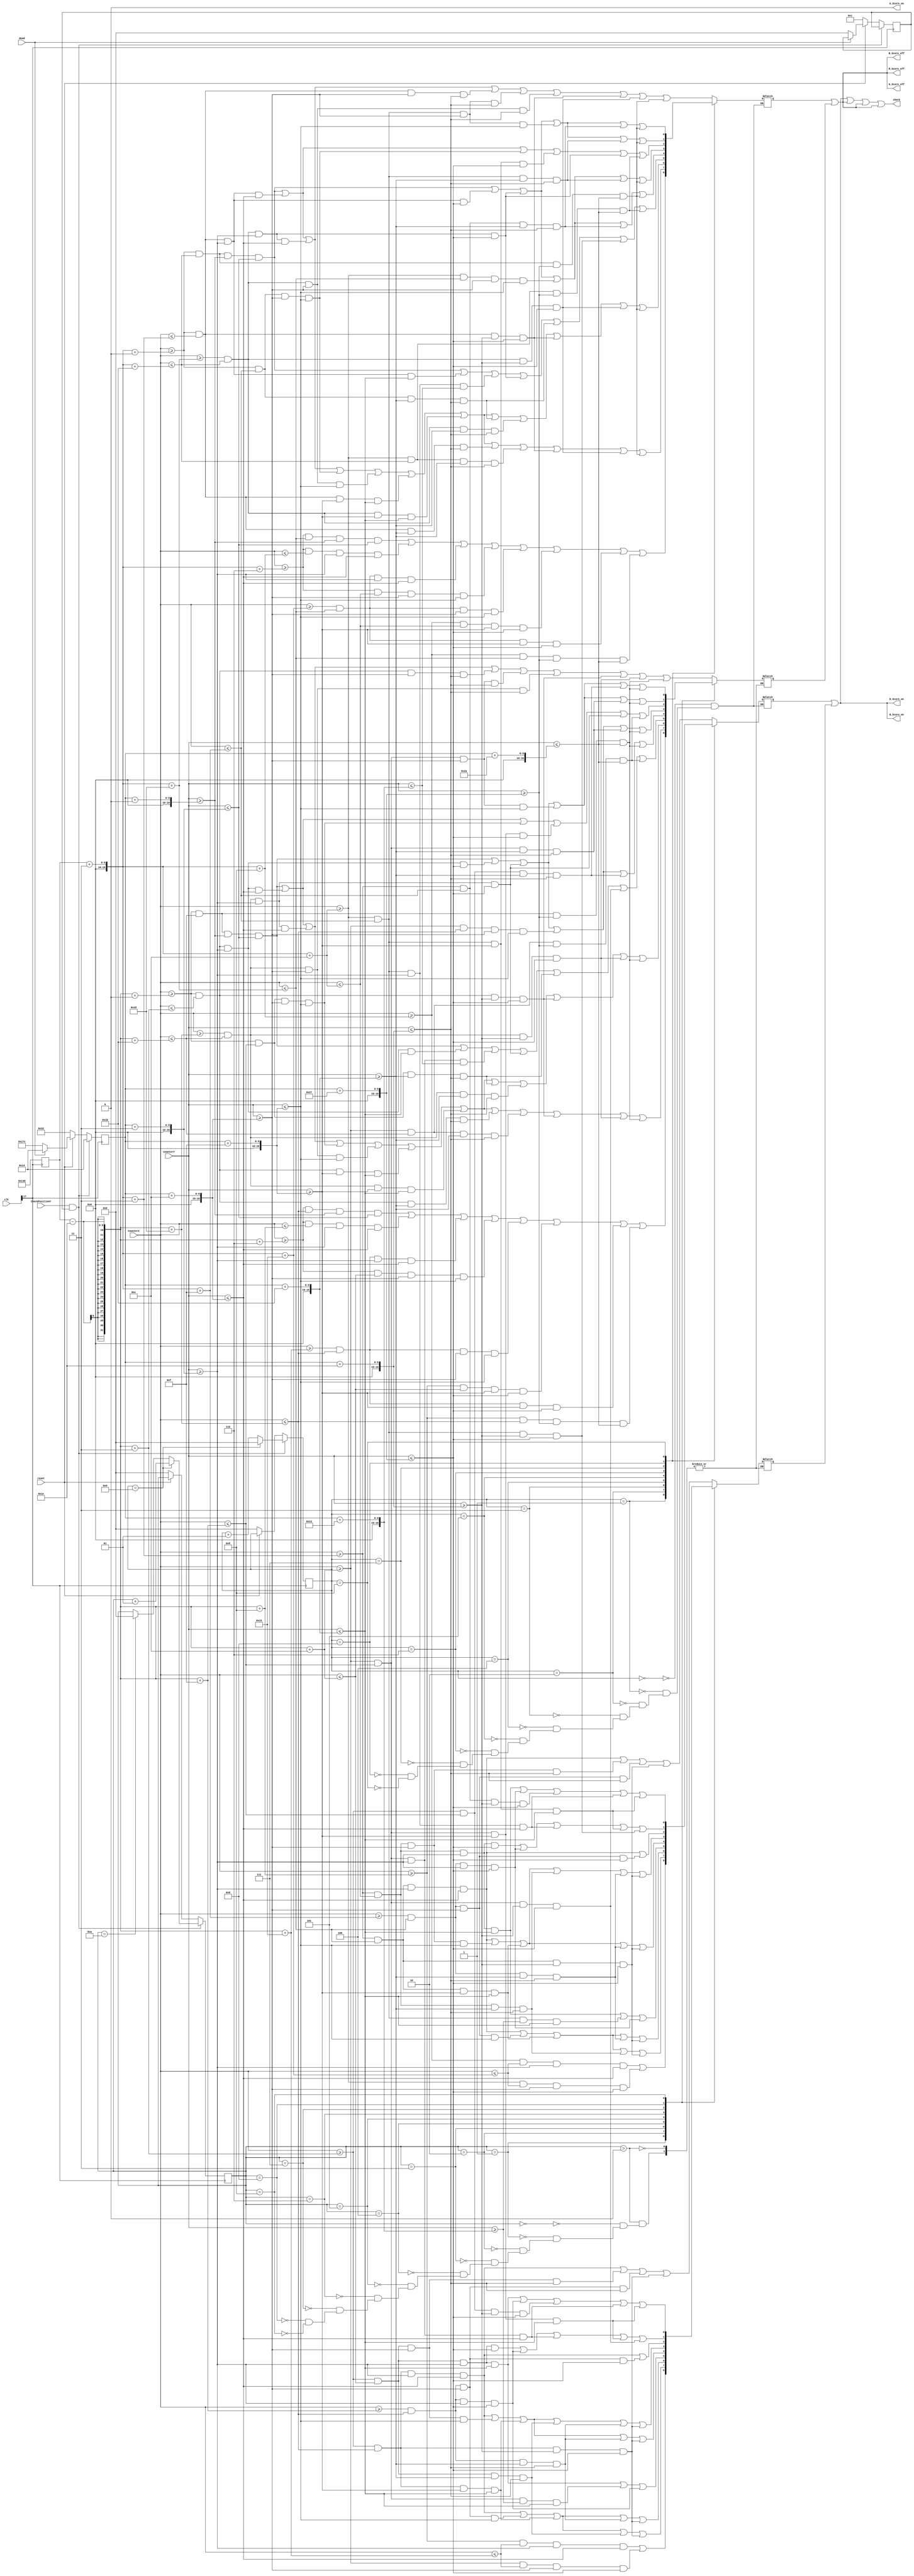
`timescale 1ns / 1ps
//////////////////////////////////////////////////////////////////////////////////
// Company: 
// Engineer: 
// 
// Design Name: 
// Module Name:    DrawScore 
// Project Name: 
// Target Devices: 
// Tool versions: 
// Description: 
//
// Dependencies: 
//
// Revision:
// Revision 0.01 - File Created
// Additional Comments: 
//

module DrawScore(clk,CheckPositionY,CounterX,CounterY,R_Score_on,G_Score_on,B_Score_on,R_Score_off,G_Score_off,B_Score_off,check,reset,dead);

reg [15:0] ScorePositionX = 320;
reg [15:0] ScorePositionY = 50;
input [9:0] CounterX;
input [8:0] CounterY;
input CheckPositionY,reset,dead;
input [24:0]clk;
output reg R_Score_on,G_Score_on,B_Score_on,R_Score_off,G_Score_off,B_Score_off,check;

integer Ten = 0;
integer Unit = 0;
integer p_y=1;
reg ZeroBlack,ZeroWhite,OneBlack,OneWhite,TwoBlack,TwoWhite,ThreeBlack,ThreeWhite,FourBlack,FourWhite,FiveBlack,FiveWhite,SixBlack,SixWhite,SevenBlack,SevenWhite,EightBlack,EightWhite,NineBlack,NineWhite;
reg ScoreWhiteUnit,ScoreBlackUnit,ScoreWhiteTen,ScoreBlackTen;

always @ (posedge clk[17] )
begin
ScorePositionX <= 320;
ScorePositionY <= 20;
if (CheckPositionY == 1 && p_y)
			begin
			if (Unit == 9)
				begin
					Ten <= Ten + 1;
					Unit <= 0;
				end
			else if (Ten == 10)
				begin  Ten <= 0; Unit <= Unit + 1; end
			else
				begin		Unit <= Unit + 1;end
			end
else if (!reset)
	begin
		ScorePositionX <= 320;
		ScorePositionY <= 50;
		Ten <= 0;
		Unit <= 0;
		p_y = 1;
	end
else if(!dead)
	begin
		ScorePositionY <= 380;
		p_y = 0 ;
end

end

always @ (CounterX or CounterY)
begin

case (Unit)
0 : begin

ScoreBlackUnit <= (CounterX>=ScorePositionX+3+0*3) && (CounterX<=ScorePositionX+3+9*3) && (CounterY>=ScorePositionY+0*3) && (CounterY<=ScorePositionY+1*3)

||          (CounterX>=ScorePositionX+3+0*3) && (CounterX<=ScorePositionX+3+1*3) && (CounterY>=ScorePositionY+1*3) && (CounterY<=ScorePositionY+4*3)
||          (CounterX>=ScorePositionX+3+8*3) && (CounterX<=ScorePositionX+3+9*3) && (CounterY>=ScorePositionY+1*3) && (CounterY<=ScorePositionY+4*3)

||          (CounterX>=ScorePositionX+3+0*3) && (CounterX<=ScorePositionX+3+1*3) && (CounterY>=ScorePositionY+4*3) && (CounterY<=ScorePositionY+10*3)
||          (CounterX>=ScorePositionX+3+4*3) && (CounterX<=ScorePositionX+3+5*3) && (CounterY>=ScorePositionY+4*3) && (CounterY<=ScorePositionY+10*3)
||          (CounterX>=ScorePositionX+3+8*3) && (CounterX<=ScorePositionX+3+9*3) && (CounterY>=ScorePositionY+4*3) && (CounterY<=ScorePositionY+10*3)

||          (CounterX>=ScorePositionX+3+0*3) && (CounterX<=ScorePositionX+3+1*3) && (CounterY>=ScorePositionY+10*3) && (CounterY<=ScorePositionY+13*3)
||          (CounterX>=ScorePositionX+3+8*3) && (CounterX<=ScorePositionX+3+9*3) && (CounterY>=ScorePositionY+10*3) && (CounterY<=ScorePositionY+13*3)

||	    (CounterX>=ScorePositionX+3+0*3) && (CounterX<=ScorePositionX+3+9*3) && (CounterY>=ScorePositionY+13*3) && (CounterY<=ScorePositionY+14*3);

ScoreWhiteUnit <=  (CounterX>=ScorePositionX+3+1*3) && (CounterX<=ScorePositionX+3+8*3) && (CounterY>=ScorePositionY+1*3) && (CounterY<=ScorePositionY+4*3)

||	    (CounterX>=ScorePositionX+3+1*3) && (CounterX<=ScorePositionX+3+4*3) && (CounterY>=ScorePositionY+4*3) && (CounterY<=ScorePositionY+10*3)
||	    (CounterX>=ScorePositionX+3+5*3) && (CounterX<=ScorePositionX+3+8*3) && (CounterY>=ScorePositionY+4*3) && (CounterY<=ScorePositionY+10*3)

||	    (CounterX>=ScorePositionX+3+1*3) && (CounterX<=ScorePositionX+3+8*3) && (CounterY>=ScorePositionY+10*3) && (CounterY<=ScorePositionY+13*3);

end
1 : begin

ScoreBlackUnit <= (CounterX>=ScorePositionX+3+2*3) && (CounterX<=ScorePositionX+3+8*3) && (CounterY>=ScorePositionY+0*3) && (CounterY<=ScorePositionY+1*3)

||          (CounterX>=ScorePositionX+3+2*3) && (CounterX<=ScorePositionX+3+3*3) && (CounterY>=ScorePositionY+1*3) && (CounterY<=ScorePositionY+4*3)
||          (CounterX>=ScorePositionX+3+7*3) && (CounterX<=ScorePositionX+3+8*3) && (CounterY>=ScorePositionY+1*3) && (CounterY<=ScorePositionY+4*3)

||          (CounterX>=ScorePositionX+3+2*3) && (CounterX<=ScorePositionX+3+4*3) && (CounterY>=ScorePositionY+4*3) && (CounterY<=ScorePositionY+5*3)
||          (CounterX>=ScorePositionX+3+7*3) && (CounterX<=ScorePositionX+3+8*3) && (CounterY>=ScorePositionY+4*3) && (CounterY<=ScorePositionY+5*3)

||          (CounterX>=ScorePositionX+3+3*3) && (CounterX<=ScorePositionX+3+4*3) && (CounterY>=ScorePositionY+5*3) && (CounterY<=ScorePositionY+13*3)
||          (CounterX>=ScorePositionX+3+7*3) && (CounterX<=ScorePositionX+3+8*3) && (CounterY>=ScorePositionY+5*3) && (CounterY<=ScorePositionY+13*3)

||	    (CounterX>=ScorePositionX+3+3*3) && (CounterX<=ScorePositionX+3+8*3) && (CounterY>=ScorePositionY+13*3) && (CounterY<=ScorePositionY+14*3);

ScoreWhiteUnit <=  (CounterX>=ScorePositionX+3+3*3) && (CounterX<=ScorePositionX+3+7*3) && (CounterY>=ScorePositionY+1*3) && (CounterY<=ScorePositionY+4*3)

||	    (CounterX>=ScorePositionX+3+4*3) && (CounterX<=ScorePositionX+3+7*3) && (CounterY>=ScorePositionY+4*3) && (CounterY<=ScorePositionY+13*3);

end
2 : begin
ScoreBlackUnit <= (CounterX>=ScorePositionX+3+0*3) && (CounterX<=ScorePositionX+3+9*3) && (CounterY>=ScorePositionY+0*3) && (CounterY<=ScorePositionY+1*3)

||          (CounterX>=ScorePositionX+3+0*3) && (CounterX<=ScorePositionX+3+1*3) && (CounterY>=ScorePositionY+1*3) && (CounterY<=ScorePositionY+4*3)
||          (CounterX>=ScorePositionX+3+8*3) && (CounterX<=ScorePositionX+3+9*3) && (CounterY>=ScorePositionY+1*3) && (CounterY<=ScorePositionY+4*3)

||          (CounterX>=ScorePositionX+3+0*3) && (CounterX<=ScorePositionX+3+5*3) && (CounterY>=ScorePositionY+4*3) && (CounterY<=ScorePositionY+5*3)
||          (CounterX>=ScorePositionX+3+8*3) && (CounterX<=ScorePositionX+3+9*3) && (CounterY>=ScorePositionY+4*3) && (CounterY<=ScorePositionY+5*3)

||          (CounterX>=ScorePositionX+3+0*3) && (CounterX<=ScorePositionX+3+1*3) && (CounterY>=ScorePositionY+5*3) && (CounterY<=ScorePositionY+9*3)
||          (CounterX>=ScorePositionX+3+8*3) && (CounterX<=ScorePositionX+3+9*3) && (CounterY>=ScorePositionY+5*3) && (CounterY<=ScorePositionY+9*3)

||          (CounterX>=ScorePositionX+3+0*3) && (CounterX<=ScorePositionX+3+1*3) && (CounterY>=ScorePositionY+9*3) && (CounterY<=ScorePositionY+10*3)
||          (CounterX>=ScorePositionX+3+4*3) && (CounterX<=ScorePositionX+3+9*3) && (CounterY>=ScorePositionY+9*3) && (CounterY<=ScorePositionY+10*3)

||          (CounterX>=ScorePositionX+3+0*3) && (CounterX<=ScorePositionX+3+1*3) && (CounterY>=ScorePositionY+10*3) && (CounterY<=ScorePositionY+13*3)
||          (CounterX>=ScorePositionX+3+8*3) && (CounterX<=ScorePositionX+3+9*3) && (CounterY>=ScorePositionY+10*3) && (CounterY<=ScorePositionY+13*3)

||	    (CounterX>=ScorePositionX+3+0*3) && (CounterX<=ScorePositionX+3+9*3) && (CounterY>=ScorePositionY+13*3) && (CounterY<=ScorePositionY+14*3);


ScoreWhiteUnit <= (CounterX>=ScorePositionX+3+1*3) && (CounterX<=ScorePositionX+3+8*3) && (CounterY>=ScorePositionY+1*3) && (CounterY<=ScorePositionY+4*3)

||          (CounterX>=ScorePositionX+3+5*3) && (CounterX<=ScorePositionX+3+8*3) && (CounterY>=ScorePositionY+4*3) && (CounterY<=ScorePositionY+5*3)

||          (CounterX>=ScorePositionX+3+1*3) && (CounterX<=ScorePositionX+3+8*3) && (CounterY>=ScorePositionY+5*3) && (CounterY<=ScorePositionY+9*3)

||          (CounterX>=ScorePositionX+3+1*3) && (CounterX<=ScorePositionX+3+4*3) && (CounterY>=ScorePositionY+9*3) && (CounterY<=ScorePositionY+10*3)

||          (CounterX>=ScorePositionX+3+1*3) && (CounterX<=ScorePositionX+3+8*3) && (CounterY>=ScorePositionY+10*3) && (CounterY<=ScorePositionY+13*3);
end
3 : begin
ScoreBlackUnit <= (CounterX>=ScorePositionX+3+0*3) && (CounterX<=ScorePositionX+3+9*3) && (CounterY>=ScorePositionY+0*3) && (CounterY<=ScorePositionY+1*3)

||          (CounterX>=ScorePositionX+3+0*3) && (CounterX<=ScorePositionX+3+1*3) && (CounterY>=ScorePositionY+1*3) && (CounterY<=ScorePositionY+4*3)
||          (CounterX>=ScorePositionX+3+8*3) && (CounterX<=ScorePositionX+3+9*3) && (CounterY>=ScorePositionY+1*3) && (CounterY<=ScorePositionY+4*3)

||          (CounterX>=ScorePositionX+3+0*3) && (CounterX<=ScorePositionX+3+5*3) && (CounterY>=ScorePositionY+4*3) && (CounterY<=ScorePositionY+5*3)
||          (CounterX>=ScorePositionX+3+8*3) && (CounterX<=ScorePositionX+3+9*3) && (CounterY>=ScorePositionY+4*3) && (CounterY<=ScorePositionY+5*3)

||          (CounterX>=ScorePositionX+3+0*3) && (CounterX<=ScorePositionX+3+1*3) && (CounterY>=ScorePositionY+5*3) && (CounterY<=ScorePositionY+9*3)
||          (CounterX>=ScorePositionX+3+8*3) && (CounterX<=ScorePositionX+3+9*3) && (CounterY>=ScorePositionY+5*3) && (CounterY<=ScorePositionY+9*3)

||          (CounterX>=ScorePositionX+3+0*3) && (CounterX<=ScorePositionX+3+5*3) && (CounterY>=ScorePositionY+9*3) && (CounterY<=ScorePositionY+10*3)
||          (CounterX>=ScorePositionX+3+8*3) && (CounterX<=ScorePositionX+3+9*3) && (CounterY>=ScorePositionY+9*3) && (CounterY<=ScorePositionY+10*3)

||          (CounterX>=ScorePositionX+3+0*3) && (CounterX<=ScorePositionX+3+1*3) && (CounterY>=ScorePositionY+10*3) && (CounterY<=ScorePositionY+13*3)
||          (CounterX>=ScorePositionX+3+8*3) && (CounterX<=ScorePositionX+3+9*3) && (CounterY>=ScorePositionY+10*3) && (CounterY<=ScorePositionY+13*3)

||	    (CounterX>=ScorePositionX+3+0*3) && (CounterX<=ScorePositionX+3+9*3) && (CounterY>=ScorePositionY+13*3) && (CounterY<=ScorePositionY+14*3);


ScoreWhiteUnit <= (CounterX>=ScorePositionX+3+1*3) && (CounterX<=ScorePositionX+3+8*3) && (CounterY>=ScorePositionY+1*3) && (CounterY<=ScorePositionY+4*3)

||          (CounterX>=ScorePositionX+3+5*3) && (CounterX<=ScorePositionX+3+8*3) && (CounterY>=ScorePositionY+4*3) && (CounterY<=ScorePositionY+5*3)

||          (CounterX>=ScorePositionX+3+1*3) && (CounterX<=ScorePositionX+3+8*3) && (CounterY>=ScorePositionY+5*3) && (CounterY<=ScorePositionY+9*3)

||          (CounterX>=ScorePositionX+3+5*3) && (CounterX<=ScorePositionX+3+8*3) && (CounterY>=ScorePositionY+9*3) && (CounterY<=ScorePositionY+10*3)

||          (CounterX>=ScorePositionX+3+1*3) && (CounterX<=ScorePositionX+3+8*3) && (CounterY>=ScorePositionY+10*3) && (CounterY<=ScorePositionY+13*3);

////////////////////////////////////
end
4 : begin
ScoreBlackUnit <= (CounterX>=ScorePositionX+3+0*3) && (CounterX<=ScorePositionX+3+9*3) && (CounterY>=ScorePositionY+0*3) && (CounterY<=ScorePositionY+1*3)

||          (CounterX>=ScorePositionX+3+0*3) && (CounterX<=ScorePositionX+3+1*3) && (CounterY>=ScorePositionY+1*3) && (CounterY<=ScorePositionY+9*3)
||          (CounterX>=ScorePositionX+3+4*3) && (CounterX<=ScorePositionX+3+5*3) && (CounterY>=ScorePositionY+1*3) && (CounterY<=ScorePositionY+6*3)
||          (CounterX>=ScorePositionX+3+8*3) && (CounterX<=ScorePositionX+3+9*3) && (CounterY>=ScorePositionY+1*3) && (CounterY<=ScorePositionY+13*3)

||          (CounterX>=ScorePositionX+3+0*3) && (CounterX<=ScorePositionX+3+5*3) && (CounterY>=ScorePositionY+9*3) && (CounterY<=ScorePositionY+10*3)

||          (CounterX>=ScorePositionX+3+4*3) && (CounterX<=ScorePositionX+3+5*3) && (CounterY>=ScorePositionY+10*3) && (CounterY<=ScorePositionY+13*3)

||	    (CounterX>=ScorePositionX+3+4*3) && (CounterX<=ScorePositionX+3+9*3) && (CounterY>=ScorePositionY+13*3) && (CounterY<=ScorePositionY+14*3);


ScoreWhiteUnit <= (CounterX>=ScorePositionX+3+1*3) && (CounterX<=ScorePositionX+3+4*3) && (CounterY>=ScorePositionY+1*3) && (CounterY<=ScorePositionY+9*3)

||          (CounterX>=ScorePositionX+3+4*3) && (CounterX<=ScorePositionX+3+5*3) && (CounterY>=ScorePositionY+6*3) && (CounterY<=ScorePositionY+9*3)

||          (CounterX>=ScorePositionX+3+5*3) && (CounterX<=ScorePositionX+3+8*3) && (CounterY>=ScorePositionY+1*3) && (CounterY<=ScorePositionY+13*3);

////////////////////////////////////////
end
5 : begin
ScoreBlackUnit <= (CounterX>=ScorePositionX+3+0*3) && (CounterX<=ScorePositionX+3+9*3) && (CounterY>=ScorePositionY+0*3) && (CounterY<=ScorePositionY+1*3)
||          (CounterX>=ScorePositionX+3+0*3) && (CounterX<=ScorePositionX+3+1*3) && (CounterY>=ScorePositionY+1*3) && (CounterY<=ScorePositionY+13*3)
||          (CounterX>=ScorePositionX+3+8*3) && (CounterX<=ScorePositionX+3+9*3) && (CounterY>=ScorePositionY+1*3) && (CounterY<=ScorePositionY+13*3)
||          (CounterX>=ScorePositionX+3+4*3) && (CounterX<=ScorePositionX+3+8*3) && (CounterY>=ScorePositionY+4*3) && (CounterY<=ScorePositionY+5*3)
||          (CounterX>=ScorePositionX+3+1*3) && (CounterX<=ScorePositionX+3+5*3) && (CounterY>=ScorePositionY+9*3) && (CounterY<=ScorePositionY+10*3)
||	    (CounterX>=ScorePositionX+3+0*3) && (CounterX<=ScorePositionX+3+9*3) && (CounterY>=ScorePositionY+13*3) && (CounterY<=ScorePositionY+14*3);
ScoreWhiteUnit <= (CounterX>=ScorePositionX+3+1*3) && (CounterX<=ScorePositionX+3+8*3) && (CounterY>=ScorePositionY+1*3) && (CounterY<=ScorePositionY+4*3)
||          (CounterX>=ScorePositionX+3+1*3) && (CounterX<=ScorePositionX+3+4*3) && (CounterY>=ScorePositionY+4*3) && (CounterY<=ScorePositionY+5*3)
||          (CounterX>=ScorePositionX+3+1*3) && (CounterX<=ScorePositionX+3+8*3) && (CounterY>=ScorePositionY+5*3) && (CounterY<=ScorePositionY+9*3)
||          (CounterX>=ScorePositionX+3+5*3) && (CounterX<=ScorePositionX+3+8*3) && (CounterY>=ScorePositionY+9*3) && (CounterY<=ScorePositionY+10*3)
||          (CounterX>=ScorePositionX+3+1*3) && (CounterX<=ScorePositionX+3+8*3) && (CounterY>=ScorePositionY+10*3) && (CounterY<=ScorePositionY+13*3);
end
6 : begin
ScoreBlackUnit <= (CounterX>=ScorePositionX+3+0*3) && (CounterX<=ScorePositionX+3+9*3) && (CounterY>=ScorePositionY+0*3) && (CounterY<=ScorePositionY+1*3)
||          (CounterX>=ScorePositionX+3+0*3) && (CounterX<=ScorePositionX+3+1*3) && (CounterY>=ScorePositionY+1*3) && (CounterY<=ScorePositionY+13*3)
||          (CounterX>=ScorePositionX+3+8*3) && (CounterX<=ScorePositionX+3+9*3) && (CounterY>=ScorePositionY+1*3) && (CounterY<=ScorePositionY+13*3)
||          (CounterX>=ScorePositionX+3+4*3) && (CounterX<=ScorePositionX+3+8*3) && (CounterY>=ScorePositionY+4*3) && (CounterY<=ScorePositionY+5*3)
||          (CounterX>=ScorePositionX+3+4*3) && (CounterX<=ScorePositionX+3+5*3) && (CounterY>=ScorePositionY+9*3) && (CounterY<=ScorePositionY+10*3)
||	    (CounterX>=ScorePositionX+3+0*3) && (CounterX<=ScorePositionX+3+9*3) && (CounterY>=ScorePositionY+13*3) && (CounterY<=ScorePositionY+14*3);
ScoreWhiteUnit <= (CounterX>=ScorePositionX+3+1*3) && (CounterX<=ScorePositionX+3+8*3) && (CounterY>=ScorePositionY+1*3) && (CounterY<=ScorePositionY+4*3)
||          (CounterX>=ScorePositionX+3+1*3) && (CounterX<=ScorePositionX+3+4*3) && (CounterY>=ScorePositionY+4*3) && (CounterY<=ScorePositionY+5*3)
||          (CounterX>=ScorePositionX+3+1*3) && (CounterX<=ScorePositionX+3+8*3) && (CounterY>=ScorePositionY+5*3) && (CounterY<=ScorePositionY+9*3)
||          (CounterX>=ScorePositionX+3+1*3) && (CounterX<=ScorePositionX+3+4*3) && (CounterY>=ScorePositionY+9*3) && (CounterY<=ScorePositionY+10*3)
||          (CounterX>=ScorePositionX+3+5*3) && (CounterX<=ScorePositionX+3+8*3) && (CounterY>=ScorePositionY+9*3) && (CounterY<=ScorePositionY+10*3)
||          (CounterX>=ScorePositionX+3+1*3) && (CounterX<=ScorePositionX+3+8*3) && (CounterY>=ScorePositionY+10*3) && (CounterY<=ScorePositionY+13*3);
end
7 : begin
ScoreBlackUnit <= (CounterX>=ScorePositionX+3+0*3) && (CounterX<=ScorePositionX+3+9*3) && (CounterY>=ScorePositionY+0*3) && (CounterY<=ScorePositionY+1*3)
||          (CounterX>=ScorePositionX+3+0*3) && (CounterX<=ScorePositionX+3+1*3) && (CounterY>=ScorePositionY+1*3) && (CounterY<=ScorePositionY+4*3)
||          (CounterX>=ScorePositionX+3+0*3) && (CounterX<=ScorePositionX+3+5*3) && (CounterY>=ScorePositionY+4*3) && (CounterY<=ScorePositionY+5*3)
||          (CounterX>=ScorePositionX+3+4*3) && (CounterX<=ScorePositionX+3+5*3) && (CounterY>=ScorePositionY+5*3) && (CounterY<=ScorePositionY+13*3)
||          (CounterX>=ScorePositionX+3+8*3) && (CounterX<=ScorePositionX+3+9*3) && (CounterY>=ScorePositionY+1*3) && (CounterY<=ScorePositionY+13*3)
||	    (CounterX>=ScorePositionX+3+4*3) && (CounterX<=ScorePositionX+3+9*3) && (CounterY>=ScorePositionY+13*3) && (CounterY<=ScorePositionY+14*3);
ScoreWhiteUnit <= (CounterX>=ScorePositionX+3+1*3) && (CounterX<=ScorePositionX+3+8*3) && (CounterY>=ScorePositionY+1*3) && (CounterY<=ScorePositionY+4*3)
||          (CounterX>=ScorePositionX+3+5*3) && (CounterX<=ScorePositionX+3+8*3) && (CounterY>=ScorePositionY+4*3) && (CounterY<=ScorePositionY+13*3);
end
8 : begin
ScoreBlackUnit <= (CounterX>=ScorePositionX+3+0*3) && (CounterX<=ScorePositionX+3+9*3) && (CounterY>=ScorePositionY+0*3) && (CounterY<=ScorePositionY+1*3)
||          (CounterX>=ScorePositionX+3+0*3) && (CounterX<=ScorePositionX+3+1*3) && (CounterY>=ScorePositionY+1*3) && (CounterY<=ScorePositionY+13*3)
||          (CounterX>=ScorePositionX+3+8*3) && (CounterX<=ScorePositionX+3+9*3) && (CounterY>=ScorePositionY+1*3) && (CounterY<=ScorePositionY+13*3)
||          (CounterX>=ScorePositionX+3+4*3) && (CounterX<=ScorePositionX+3+5*3) && (CounterY>=ScorePositionY+4*3) && (CounterY<=ScorePositionY+5*3)
||          (CounterX>=ScorePositionX+3+4*3) && (CounterX<=ScorePositionX+3+5*3) && (CounterY>=ScorePositionY+9*3) && (CounterY<=ScorePositionY+10*3)
||	    (CounterX>=ScorePositionX+3+0*3) && (CounterX<=ScorePositionX+3+9*3) && (CounterY>=ScorePositionY+13*3) && (CounterY<=ScorePositionY+14*3);
ScoreWhiteUnit <= (CounterX>=ScorePositionX+3+1*3) && (CounterX<=ScorePositionX+3+4*3) && (CounterY>=ScorePositionY+1*3) && (CounterY<=ScorePositionY+13*3)
||          (CounterX>=ScorePositionX+3+5*3) && (CounterX<=ScorePositionX+3+8*3) && (CounterY>=ScorePositionY+1*3) && (CounterY<=ScorePositionY+13*3)
||          (CounterX>=ScorePositionX+3+4*3) && (CounterX<=ScorePositionX+3+5*3) && (CounterY>=ScorePositionY+1*3) && (CounterY<=ScorePositionY+4*3)
||          (CounterX>=ScorePositionX+3+4*3) && (CounterX<=ScorePositionX+3+5*3) && (CounterY>=ScorePositionY+5*3) && (CounterY<=ScorePositionY+9*3)
||          (CounterX>=ScorePositionX+3+4*3) && (CounterX<=ScorePositionX+3+5*3) && (CounterY>=ScorePositionY+10*3) && (CounterY<=ScorePositionY+13*3);
end
9 : begin
ScoreBlackUnit <= (CounterX>=ScorePositionX+3+0*3) && (CounterX<=ScorePositionX+3+9*3) && (CounterY>=ScorePositionY+0*3) && (CounterY<=ScorePositionY+1*3)
||          (CounterX>=ScorePositionX+3+0*3) && (CounterX<=ScorePositionX+3+1*3) && (CounterY>=ScorePositionY+1*3) && (CounterY<=ScorePositionY+13*3)
||          (CounterX>=ScorePositionX+3+8*3) && (CounterX<=ScorePositionX+3+9*3) && (CounterY>=ScorePositionY+1*3) && (CounterY<=ScorePositionY+13*3)
||          (CounterX>=ScorePositionX+3+4*3) && (CounterX<=ScorePositionX+3+5*3) && (CounterY>=ScorePositionY+4*3) && (CounterY<=ScorePositionY+5*3)
||          (CounterX>=ScorePositionX+3+1*3) && (CounterX<=ScorePositionX+3+5*3) && (CounterY>=ScorePositionY+9*3) && (CounterY<=ScorePositionY+10*3)
||	    (CounterX>=ScorePositionX+3+0*3) && (CounterX<=ScorePositionX+3+9*3) && (CounterY>=ScorePositionY+13*3) && (CounterY<=ScorePositionY+14*3);
ScoreWhiteUnit <= (CounterX>=ScorePositionX+3+1*3) && (CounterX<=ScorePositionX+3+4*3) && (CounterY>=ScorePositionY+1*3) && (CounterY<=ScorePositionY+9*3)
||          (CounterX>=ScorePositionX+3+5*3) && (CounterX<=ScorePositionX+3+8*3) && (CounterY>=ScorePositionY+1*3) && (CounterY<=ScorePositionY+13*3)
||          (CounterX>=ScorePositionX+3+1*3) && (CounterX<=ScorePositionX+3+5*3) && (CounterY>=ScorePositionY+10*3) && (CounterY<=ScorePositionY+13*3)
||          (CounterX>=ScorePositionX+3+4*3) && (CounterX<=ScorePositionX+3+5*3) && (CounterY>=ScorePositionY+1*3) && (CounterY<=ScorePositionY+4*3)
||          (CounterX>=ScorePositionX+3+4*3) && (CounterX<=ScorePositionX+3+5*3) && (CounterY>=ScorePositionY+5*3) && (CounterY<=ScorePositionY+9*3);

end
endcase

/////////////////////////////////////////////////////////////////////////////////////////////////////////////////////////////////////////////////////////////////////////////////////
if (Ten > 0)
case (Ten)
0 : begin

ScoreBlackTen <= (CounterX>=ScorePositionX-30+0*3) && (CounterX<=ScorePositionX-30+9*3) && (CounterY>=ScorePositionY+0*3) && (CounterY<=ScorePositionY+1*3)

||          (CounterX>=ScorePositionX-30+0*3) && (CounterX<=ScorePositionX-30+1*3) && (CounterY>=ScorePositionY+1*3) && (CounterY<=ScorePositionY+4*3)
||          (CounterX>=ScorePositionX-30+8*3) && (CounterX<=ScorePositionX-30+9*3) && (CounterY>=ScorePositionY+1*3) && (CounterY<=ScorePositionY+4*3)

||          (CounterX>=ScorePositionX-30+0*3) && (CounterX<=ScorePositionX-30+1*3) && (CounterY>=ScorePositionY+4*3) && (CounterY<=ScorePositionY+10*3)
||          (CounterX>=ScorePositionX-30+4*3) && (CounterX<=ScorePositionX-30+5*3) && (CounterY>=ScorePositionY+4*3) && (CounterY<=ScorePositionY+10*3)
||          (CounterX>=ScorePositionX-30+8*3) && (CounterX<=ScorePositionX-30+9*3) && (CounterY>=ScorePositionY+4*3) && (CounterY<=ScorePositionY+10*3)

||          (CounterX>=ScorePositionX-30+0*3) && (CounterX<=ScorePositionX-30+1*3) && (CounterY>=ScorePositionY+10*3) && (CounterY<=ScorePositionY+13*3)
||          (CounterX>=ScorePositionX-30+8*3) && (CounterX<=ScorePositionX-30+9*3) && (CounterY>=ScorePositionY+10*3) && (CounterY<=ScorePositionY+13*3)

||	    (CounterX>=ScorePositionX-30+0*3) && (CounterX<=ScorePositionX-30+9*3) && (CounterY>=ScorePositionY+13*3) && (CounterY<=ScorePositionY+14*3);

ScoreWhiteTen <=  (CounterX>=ScorePositionX-30+1*3) && (CounterX<=ScorePositionX-30+8*3) && (CounterY>=ScorePositionY+1*3) && (CounterY<=ScorePositionY+4*3)

||	    (CounterX>=ScorePositionX-30+1*3) && (CounterX<=ScorePositionX-30+4*3) && (CounterY>=ScorePositionY+4*3) && (CounterY<=ScorePositionY+10*3)
||	    (CounterX>=ScorePositionX-30+5*3) && (CounterX<=ScorePositionX-30+8*3) && (CounterY>=ScorePositionY+4*3) && (CounterY<=ScorePositionY+10*3)

||	    (CounterX>=ScorePositionX-30+1*3) && (CounterX<=ScorePositionX-30+8*3) && (CounterY>=ScorePositionY+10*3) && (CounterY<=ScorePositionY+13*3);

end
1 : begin

ScoreBlackTen <= (CounterX>=ScorePositionX-30+2*3) && (CounterX<=ScorePositionX-30+8*3) && (CounterY>=ScorePositionY+0*3) && (CounterY<=ScorePositionY+1*3)

||          (CounterX>=ScorePositionX-30+2*3) && (CounterX<=ScorePositionX-30+3*3) && (CounterY>=ScorePositionY+1*3) && (CounterY<=ScorePositionY+4*3)
||          (CounterX>=ScorePositionX-30+7*3) && (CounterX<=ScorePositionX-30+8*3) && (CounterY>=ScorePositionY+1*3) && (CounterY<=ScorePositionY+4*3)

||          (CounterX>=ScorePositionX-30+2*3) && (CounterX<=ScorePositionX-30+4*3) && (CounterY>=ScorePositionY+4*3) && (CounterY<=ScorePositionY+5*3)
||          (CounterX>=ScorePositionX-30+7*3) && (CounterX<=ScorePositionX-30+8*3) && (CounterY>=ScorePositionY+4*3) && (CounterY<=ScorePositionY+5*3)

||          (CounterX>=ScorePositionX-30+3*3) && (CounterX<=ScorePositionX-30+4*3) && (CounterY>=ScorePositionY+5*3) && (CounterY<=ScorePositionY+13*3)
||          (CounterX>=ScorePositionX-30+7*3) && (CounterX<=ScorePositionX-30+8*3) && (CounterY>=ScorePositionY+5*3) && (CounterY<=ScorePositionY+13*3)

||	    (CounterX>=ScorePositionX-30+3*3) && (CounterX<=ScorePositionX-30+8*3) && (CounterY>=ScorePositionY+13*3) && (CounterY<=ScorePositionY+14*3);

ScoreWhiteTen <=  (CounterX>=ScorePositionX-30+3*3) && (CounterX<=ScorePositionX-30+7*3) && (CounterY>=ScorePositionY+1*3) && (CounterY<=ScorePositionY+4*3)

||	    (CounterX>=ScorePositionX-30+4*3) && (CounterX<=ScorePositionX-30+7*3) && (CounterY>=ScorePositionY+4*3) && (CounterY<=ScorePositionY+13*3);

end
2 : begin
ScoreBlackTen <= (CounterX>=ScorePositionX-30+0*3) && (CounterX<=ScorePositionX-30+9*3) && (CounterY>=ScorePositionY+0*3) && (CounterY<=ScorePositionY+1*3)

||          (CounterX>=ScorePositionX-30+0*3) && (CounterX<=ScorePositionX-30+1*3) && (CounterY>=ScorePositionY+1*3) && (CounterY<=ScorePositionY+4*3)
||          (CounterX>=ScorePositionX-30+8*3) && (CounterX<=ScorePositionX-30+9*3) && (CounterY>=ScorePositionY+1*3) && (CounterY<=ScorePositionY+4*3)

||          (CounterX>=ScorePositionX-30+0*3) && (CounterX<=ScorePositionX-30+5*3) && (CounterY>=ScorePositionY+4*3) && (CounterY<=ScorePositionY+5*3)
||          (CounterX>=ScorePositionX-30+8*3) && (CounterX<=ScorePositionX-30+9*3) && (CounterY>=ScorePositionY+4*3) && (CounterY<=ScorePositionY+5*3)

||          (CounterX>=ScorePositionX-30+0*3) && (CounterX<=ScorePositionX-30+1*3) && (CounterY>=ScorePositionY+5*3) && (CounterY<=ScorePositionY+9*3)
||          (CounterX>=ScorePositionX-30+8*3) && (CounterX<=ScorePositionX-30+9*3) && (CounterY>=ScorePositionY+5*3) && (CounterY<=ScorePositionY+9*3)

||          (CounterX>=ScorePositionX-30+0*3) && (CounterX<=ScorePositionX-30+1*3) && (CounterY>=ScorePositionY+9*3) && (CounterY<=ScorePositionY+10*3)
||          (CounterX>=ScorePositionX-30+4*3) && (CounterX<=ScorePositionX-30+9*3) && (CounterY>=ScorePositionY+9*3) && (CounterY<=ScorePositionY+10*3)

||          (CounterX>=ScorePositionX-30+0*3) && (CounterX<=ScorePositionX-30+1*3) && (CounterY>=ScorePositionY+10*3) && (CounterY<=ScorePositionY+13*3)
||          (CounterX>=ScorePositionX-30+8*3) && (CounterX<=ScorePositionX-30+9*3) && (CounterY>=ScorePositionY+10*3) && (CounterY<=ScorePositionY+13*3)

||	    (CounterX>=ScorePositionX-30+0*3) && (CounterX<=ScorePositionX-30+9*3) && (CounterY>=ScorePositionY+13*3) && (CounterY<=ScorePositionY+14*3);


ScoreWhiteTen <= (CounterX>=ScorePositionX-30+1*3) && (CounterX<=ScorePositionX-30+8*3) && (CounterY>=ScorePositionY+1*3) && (CounterY<=ScorePositionY+4*3)

||          (CounterX>=ScorePositionX-30+5*3) && (CounterX<=ScorePositionX-30+8*3) && (CounterY>=ScorePositionY+4*3) && (CounterY<=ScorePositionY+5*3)

||          (CounterX>=ScorePositionX-30+1*3) && (CounterX<=ScorePositionX-30+8*3) && (CounterY>=ScorePositionY+5*3) && (CounterY<=ScorePositionY+9*3)

||          (CounterX>=ScorePositionX-30+1*3) && (CounterX<=ScorePositionX-30+4*3) && (CounterY>=ScorePositionY+9*3) && (CounterY<=ScorePositionY+10*3)

||          (CounterX>=ScorePositionX-30+1*3) && (CounterX<=ScorePositionX-30+8*3) && (CounterY>=ScorePositionY+10*3) && (CounterY<=ScorePositionY+13*3);
end
3 : begin
ScoreBlackTen <= (CounterX>=ScorePositionX-30+0*3) && (CounterX<=ScorePositionX-30+9*3) && (CounterY>=ScorePositionY+0*3) && (CounterY<=ScorePositionY+1*3)

||          (CounterX>=ScorePositionX-30+0*3) && (CounterX<=ScorePositionX-30+1*3) && (CounterY>=ScorePositionY+1*3) && (CounterY<=ScorePositionY+4*3)
||          (CounterX>=ScorePositionX-30+8*3) && (CounterX<=ScorePositionX-30+9*3) && (CounterY>=ScorePositionY+1*3) && (CounterY<=ScorePositionY+4*3)

||          (CounterX>=ScorePositionX-30+0*3) && (CounterX<=ScorePositionX-30+5*3) && (CounterY>=ScorePositionY+4*3) && (CounterY<=ScorePositionY+5*3)
||          (CounterX>=ScorePositionX-30+8*3) && (CounterX<=ScorePositionX-30+9*3) && (CounterY>=ScorePositionY+4*3) && (CounterY<=ScorePositionY+5*3)

||          (CounterX>=ScorePositionX-30+0*3) && (CounterX<=ScorePositionX-30+1*3) && (CounterY>=ScorePositionY+5*3) && (CounterY<=ScorePositionY+9*3)
||          (CounterX>=ScorePositionX-30+8*3) && (CounterX<=ScorePositionX-30+9*3) && (CounterY>=ScorePositionY+5*3) && (CounterY<=ScorePositionY+9*3)

||          (CounterX>=ScorePositionX-30+0*3) && (CounterX<=ScorePositionX-30+5*3) && (CounterY>=ScorePositionY+9*3) && (CounterY<=ScorePositionY+10*3)
||          (CounterX>=ScorePositionX-30+8*3) && (CounterX<=ScorePositionX-30+9*3) && (CounterY>=ScorePositionY+9*3) && (CounterY<=ScorePositionY+10*3)

||          (CounterX>=ScorePositionX-30+0*3) && (CounterX<=ScorePositionX-30+1*3) && (CounterY>=ScorePositionY+10*3) && (CounterY<=ScorePositionY+13*3)
||          (CounterX>=ScorePositionX-30+8*3) && (CounterX<=ScorePositionX-30+9*3) && (CounterY>=ScorePositionY+10*3) && (CounterY<=ScorePositionY+13*3)

||	    (CounterX>=ScorePositionX-30+0*3) && (CounterX<=ScorePositionX-30+9*3) && (CounterY>=ScorePositionY+13*3) && (CounterY<=ScorePositionY+14*3);


ScoreWhiteTen <= (CounterX>=ScorePositionX-30+1*3) && (CounterX<=ScorePositionX-30+8*3) && (CounterY>=ScorePositionY+1*3) && (CounterY<=ScorePositionY+4*3)

||          (CounterX>=ScorePositionX-30+5*3) && (CounterX<=ScorePositionX-30+8*3) && (CounterY>=ScorePositionY+4*3) && (CounterY<=ScorePositionY+5*3)

||          (CounterX>=ScorePositionX-30+1*3) && (CounterX<=ScorePositionX-30+8*3) && (CounterY>=ScorePositionY+5*3) && (CounterY<=ScorePositionY+9*3)

||          (CounterX>=ScorePositionX-30+5*3) && (CounterX<=ScorePositionX-30+8*3) && (CounterY>=ScorePositionY+9*3) && (CounterY<=ScorePositionY+10*3)

||          (CounterX>=ScorePositionX-30+1*3) && (CounterX<=ScorePositionX-30+8*3) && (CounterY>=ScorePositionY+10*3) && (CounterY<=ScorePositionY+13*3);

////////////////////////////////////
end
4 : begin
ScoreBlackTen <= (CounterX>=ScorePositionX-30+0*3) && (CounterX<=ScorePositionX-30+9*3) && (CounterY>=ScorePositionY+0*3) && (CounterY<=ScorePositionY+1*3)

||          (CounterX>=ScorePositionX-30+0*3) && (CounterX<=ScorePositionX-30+1*3) && (CounterY>=ScorePositionY+1*3) && (CounterY<=ScorePositionY+9*3)
||          (CounterX>=ScorePositionX-30+4*3) && (CounterX<=ScorePositionX-30+5*3) && (CounterY>=ScorePositionY+1*3) && (CounterY<=ScorePositionY+6*3)
||          (CounterX>=ScorePositionX-30+8*3) && (CounterX<=ScorePositionX-30+9*3) && (CounterY>=ScorePositionY+1*3) && (CounterY<=ScorePositionY+13*3)

||          (CounterX>=ScorePositionX-30+0*3) && (CounterX<=ScorePositionX-30+5*3) && (CounterY>=ScorePositionY+9*3) && (CounterY<=ScorePositionY+10*3)

||          (CounterX>=ScorePositionX-30+4*3) && (CounterX<=ScorePositionX-30+5*3) && (CounterY>=ScorePositionY+10*3) && (CounterY<=ScorePositionY+13*3)

||	    (CounterX>=ScorePositionX-30+4*3) && (CounterX<=ScorePositionX-30+9*3) && (CounterY>=ScorePositionY+13*3) && (CounterY<=ScorePositionY+14*3);


ScoreWhiteTen <= (CounterX>=ScorePositionX-30+1*3) && (CounterX<=ScorePositionX-30+4*3) && (CounterY>=ScorePositionY+1*3) && (CounterY<=ScorePositionY+9*3)

||          (CounterX>=ScorePositionX-30+4*3) && (CounterX<=ScorePositionX-30+5*3) && (CounterY>=ScorePositionY+6*3) && (CounterY<=ScorePositionY+9*3)

||          (CounterX>=ScorePositionX-30+5*3) && (CounterX<=ScorePositionX-30+8*3) && (CounterY>=ScorePositionY+1*3) && (CounterY<=ScorePositionY+13*3);

////////////////////////////////////////
end
5 : begin
ScoreBlackTen <= (CounterX>=ScorePositionX-30+0*3) && (CounterX<=ScorePositionX-30+9*3) && (CounterY>=ScorePositionY+0*3) && (CounterY<=ScorePositionY+1*3)
||          (CounterX>=ScorePositionX-30+0*3) && (CounterX<=ScorePositionX-30+1*3) && (CounterY>=ScorePositionY+1*3) && (CounterY<=ScorePositionY+13*3)
||          (CounterX>=ScorePositionX-30+8*3) && (CounterX<=ScorePositionX-30+9*3) && (CounterY>=ScorePositionY+1*3) && (CounterY<=ScorePositionY+13*3)
||          (CounterX>=ScorePositionX-30+4*3) && (CounterX<=ScorePositionX-30+8*3) && (CounterY>=ScorePositionY+4*3) && (CounterY<=ScorePositionY+5*3)
||          (CounterX>=ScorePositionX-30+1*3) && (CounterX<=ScorePositionX-30+5*3) && (CounterY>=ScorePositionY+9*3) && (CounterY<=ScorePositionY+10*3)
||	    (CounterX>=ScorePositionX-30+0*3) && (CounterX<=ScorePositionX-30+9*3) && (CounterY>=ScorePositionY+13*3) && (CounterY<=ScorePositionY+14*3);
ScoreWhiteTen <= (CounterX>=ScorePositionX-30+1*3) && (CounterX<=ScorePositionX-30+8*3) && (CounterY>=ScorePositionY+1*3) && (CounterY<=ScorePositionY+4*3)
||          (CounterX>=ScorePositionX-30+1*3) && (CounterX<=ScorePositionX-30+4*3) && (CounterY>=ScorePositionY+4*3) && (CounterY<=ScorePositionY+5*3)
||          (CounterX>=ScorePositionX-30+1*3) && (CounterX<=ScorePositionX-30+8*3) && (CounterY>=ScorePositionY+5*3) && (CounterY<=ScorePositionY+9*3)
||          (CounterX>=ScorePositionX-30+5*3) && (CounterX<=ScorePositionX-30+8*3) && (CounterY>=ScorePositionY+9*3) && (CounterY<=ScorePositionY+10*3)
||          (CounterX>=ScorePositionX-30+1*3) && (CounterX<=ScorePositionX-30+8*3) && (CounterY>=ScorePositionY+10*3) && (CounterY<=ScorePositionY+13*3);
end
6 : begin
ScoreBlackTen <= (CounterX>=ScorePositionX-30+0*3) && (CounterX<=ScorePositionX-30+9*3) && (CounterY>=ScorePositionY+0*3) && (CounterY<=ScorePositionY+1*3)
||          (CounterX>=ScorePositionX-30+0*3) && (CounterX<=ScorePositionX-30+1*3) && (CounterY>=ScorePositionY+1*3) && (CounterY<=ScorePositionY+13*3)
||          (CounterX>=ScorePositionX-30+8*3) && (CounterX<=ScorePositionX-30+9*3) && (CounterY>=ScorePositionY+1*3) && (CounterY<=ScorePositionY+13*3)
||          (CounterX>=ScorePositionX-30+4*3) && (CounterX<=ScorePositionX-30+8*3) && (CounterY>=ScorePositionY+4*3) && (CounterY<=ScorePositionY+5*3)
||          (CounterX>=ScorePositionX-30+4*3) && (CounterX<=ScorePositionX-30+5*3) && (CounterY>=ScorePositionY+9*3) && (CounterY<=ScorePositionY+10*3)
||	    (CounterX>=ScorePositionX-30+0*3) && (CounterX<=ScorePositionX-30+9*3) && (CounterY>=ScorePositionY+13*3) && (CounterY<=ScorePositionY+14*3);
ScoreWhiteTen <= (CounterX>=ScorePositionX-30+1*3) && (CounterX<=ScorePositionX-30+8*3) && (CounterY>=ScorePositionY+1*3) && (CounterY<=ScorePositionY+4*3)
||          (CounterX>=ScorePositionX-30+1*3) && (CounterX<=ScorePositionX-30+4*3) && (CounterY>=ScorePositionY+4*3) && (CounterY<=ScorePositionY+5*3)
||          (CounterX>=ScorePositionX-30+1*3) && (CounterX<=ScorePositionX-30+8*3) && (CounterY>=ScorePositionY+5*3) && (CounterY<=ScorePositionY+9*3)
||          (CounterX>=ScorePositionX-30+1*3) && (CounterX<=ScorePositionX-30+4*3) && (CounterY>=ScorePositionY+9*3) && (CounterY<=ScorePositionY+10*3)
||          (CounterX>=ScorePositionX-30+5*3) && (CounterX<=ScorePositionX-30+8*3) && (CounterY>=ScorePositionY+9*3) && (CounterY<=ScorePositionY+10*3)
||          (CounterX>=ScorePositionX-30+1*3) && (CounterX<=ScorePositionX-30+8*3) && (CounterY>=ScorePositionY+10*3) && (CounterY<=ScorePositionY+13*3);
end
7 : begin
ScoreBlackTen <= (CounterX>=ScorePositionX-30+0*3) && (CounterX<=ScorePositionX-30+9*3) && (CounterY>=ScorePositionY+0*3) && (CounterY<=ScorePositionY+1*3)
||          (CounterX>=ScorePositionX-30+0*3) && (CounterX<=ScorePositionX-30+1*3) && (CounterY>=ScorePositionY+1*3) && (CounterY<=ScorePositionY+4*3)
||          (CounterX>=ScorePositionX-30+0*3) && (CounterX<=ScorePositionX-30+5*3) && (CounterY>=ScorePositionY+4*3) && (CounterY<=ScorePositionY+5*3)
||          (CounterX>=ScorePositionX-30+4*3) && (CounterX<=ScorePositionX-30+5*3) && (CounterY>=ScorePositionY+5*3) && (CounterY<=ScorePositionY+13*3)
||          (CounterX>=ScorePositionX-30+8*3) && (CounterX<=ScorePositionX-30+9*3) && (CounterY>=ScorePositionY+1*3) && (CounterY<=ScorePositionY+13*3)
||	    (CounterX>=ScorePositionX-30+4*3) && (CounterX<=ScorePositionX-30+9*3) && (CounterY>=ScorePositionY+13*3) && (CounterY<=ScorePositionY+14*3);
ScoreWhiteTen <= (CounterX>=ScorePositionX-30+1*3) && (CounterX<=ScorePositionX-30+8*3) && (CounterY>=ScorePositionY+1*3) && (CounterY<=ScorePositionY+4*3)
||          (CounterX>=ScorePositionX-30+5*3) && (CounterX<=ScorePositionX-30+8*3) && (CounterY>=ScorePositionY+4*3) && (CounterY<=ScorePositionY+13*3);
end
8 : begin
ScoreBlackTen <= (CounterX>=ScorePositionX-30+0*3) && (CounterX<=ScorePositionX-30+9*3) && (CounterY>=ScorePositionY+0*3) && (CounterY<=ScorePositionY+1*3)
||          (CounterX>=ScorePositionX-30+0*3) && (CounterX<=ScorePositionX-30+1*3) && (CounterY>=ScorePositionY+1*3) && (CounterY<=ScorePositionY+13*3)
||          (CounterX>=ScorePositionX-30+8*3) && (CounterX<=ScorePositionX-30+9*3) && (CounterY>=ScorePositionY+1*3) && (CounterY<=ScorePositionY+13*3)
||          (CounterX>=ScorePositionX-30+4*3) && (CounterX<=ScorePositionX-30+5*3) && (CounterY>=ScorePositionY+4*3) && (CounterY<=ScorePositionY+5*3)
||          (CounterX>=ScorePositionX-30+4*3) && (CounterX<=ScorePositionX-30+5*3) && (CounterY>=ScorePositionY+9*3) && (CounterY<=ScorePositionY+10*3)
||	    (CounterX>=ScorePositionX-30+0*3) && (CounterX<=ScorePositionX-30+9*3) && (CounterY>=ScorePositionY+13*3) && (CounterY<=ScorePositionY+14*3);
ScoreWhiteTen <= (CounterX>=ScorePositionX-30+1*3) && (CounterX<=ScorePositionX-30+4*3) && (CounterY>=ScorePositionY+1*3) && (CounterY<=ScorePositionY+13*3)
||          (CounterX>=ScorePositionX-30+5*3) && (CounterX<=ScorePositionX-30+8*3) && (CounterY>=ScorePositionY+1*3) && (CounterY<=ScorePositionY+13*3)
||          (CounterX>=ScorePositionX-30+4*3) && (CounterX<=ScorePositionX-30+5*3) && (CounterY>=ScorePositionY+1*3) && (CounterY<=ScorePositionY+4*3)
||          (CounterX>=ScorePositionX-30+4*3) && (CounterX<=ScorePositionX-30+5*3) && (CounterY>=ScorePositionY+5*3) && (CounterY<=ScorePositionY+9*3)
||          (CounterX>=ScorePositionX-30+4*3) && (CounterX<=ScorePositionX-30+5*3) && (CounterY>=ScorePositionY+10*3) && (CounterY<=ScorePositionY+13*3);
end
9 : begin
ScoreBlackTen <= (CounterX>=ScorePositionX-30+0*3) && (CounterX<=ScorePositionX-30+9*3) && (CounterY>=ScorePositionY+0*3) && (CounterY<=ScorePositionY+1*3)
||          (CounterX>=ScorePositionX-30+0*3) && (CounterX<=ScorePositionX-30+1*3) && (CounterY>=ScorePositionY+1*3) && (CounterY<=ScorePositionY+13*3)
||          (CounterX>=ScorePositionX-30+8*3) && (CounterX<=ScorePositionX-30+9*3) && (CounterY>=ScorePositionY+1*3) && (CounterY<=ScorePositionY+13*3)
||          (CounterX>=ScorePositionX-30+4*3) && (CounterX<=ScorePositionX-30+5*3) && (CounterY>=ScorePositionY+4*3) && (CounterY<=ScorePositionY+5*3)
||          (CounterX>=ScorePositionX-30+1*3) && (CounterX<=ScorePositionX-30+5*3) && (CounterY>=ScorePositionY+9*3) && (CounterY<=ScorePositionY+10*3)
||	    (CounterX>=ScorePositionX-30+0*3) && (CounterX<=ScorePositionX-30+9*3) && (CounterY>=ScorePositionY+13*3) && (CounterY<=ScorePositionY+14*3);
ScoreWhiteTen <= (CounterX>=ScorePositionX-30+1*3) && (CounterX<=ScorePositionX-30+4*3) && (CounterY>=ScorePositionY+1*3) && (CounterY<=ScorePositionY+9*3)
||          (CounterX>=ScorePositionX-30+5*3) && (CounterX<=ScorePositionX-30+8*3) && (CounterY>=ScorePositionY+1*3) && (CounterY<=ScorePositionY+13*3)
||          (CounterX>=ScorePositionX-30+1*3) && (CounterX<=ScorePositionX-30+5*3) && (CounterY>=ScorePositionY+10*3) && (CounterY<=ScorePositionY+13*3)
||          (CounterX>=ScorePositionX-30+4*3) && (CounterX<=ScorePositionX-30+5*3) && (CounterY>=ScorePositionY+1*3) && (CounterY<=ScorePositionY+4*3)
||          (CounterX>=ScorePositionX-30+4*3) && (CounterX<=ScorePositionX-30+5*3) && (CounterY>=ScorePositionY+5*3) && (CounterY<=ScorePositionY+9*3);

end
endcase

R_Score_on =    ScoreWhiteUnit | ScoreWhiteTen;
G_Score_on =	 0;
B_Score_on =	 ScoreWhiteUnit | ScoreWhiteTen;

R_Score_off =  ScoreBlackUnit | ScoreBlackTen;
G_Score_off =  ScoreBlackUnit | ScoreBlackTen;
B_Score_off =  ScoreBlackUnit | ScoreBlackTen;

check = R_Score_on |G_Score_on|B_Score_on|R_Score_off|G_Score_off|B_Score_off;
end
endmodule